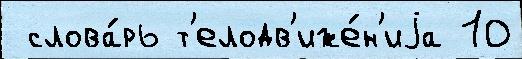
 слова́рь т'елодв'иже́н'иjа 10